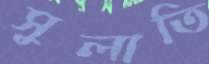
সুলাতি